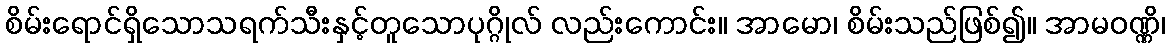
စိမ်းရောင်ရှိသောသရက်သီးနှင့်တူသောပုဂ္ဂိုလ် လည်းကောင်း။ အာမော၊ စိမ်းသည်ဖြစ်၍။ အာမဝဏ္ဏိ၊